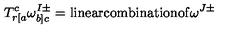
T _ { r [ a } ^ { c } \omega _ { b ] c } ^ { I \pm } = \mathrm { l i n e a r c o m b i n a t i o n o f } \omega ^ { J \pm }